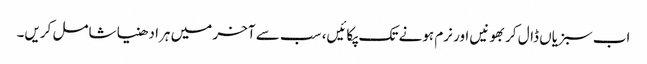
اب سبزیاں ڈال کر بھونیں اور نرم ہونے تک پکائیں، سب سے آخر میں ہرا دھنیا شامل کریں۔